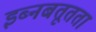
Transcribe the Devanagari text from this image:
इब्नबतूतता